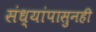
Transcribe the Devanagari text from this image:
संध्यांपासुनही